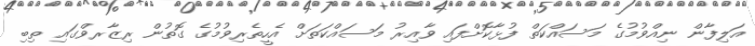
އަލިފާން ނިއްވުމުގެ މަސައްކަތް ފުޅާކޮށްފައި ވާއިރު މަސައްކަތަށް އެހީތެރިވުމުގެ ގޮތުން ރިޒާރވްގައި ތިބި